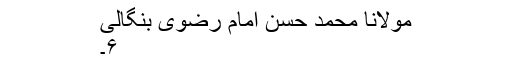
مولانا محمد حسن امام رضوی بنگالی
۶۔